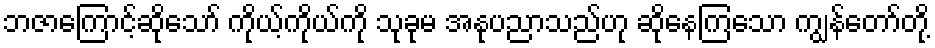
ဘဇာကြောင့်ဆိုသော် ကိုယ့်ကိုယ်ကို သုခုမ အနုပညာသည်ဟု ဆိုနေကြသော ကျွန်တော်တို့